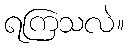
ရကြသလဲ။